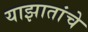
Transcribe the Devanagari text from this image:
याझातांचे